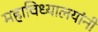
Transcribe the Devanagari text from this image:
महाविध्यालयांनी